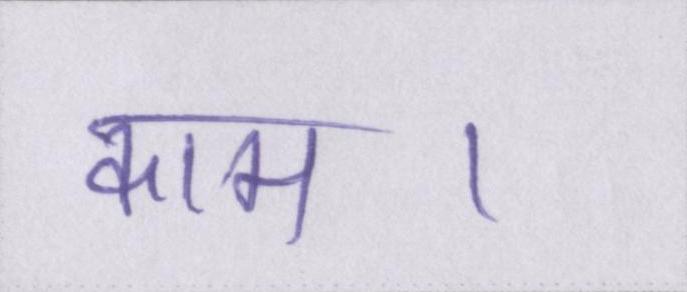
काम।